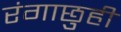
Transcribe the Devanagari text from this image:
रंगाछुही